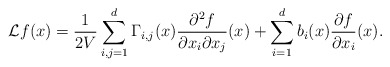
\begin{align*} {\cal L}f(x) = \frac{1}{2V}\sum_{i,j = 1}^d \Gamma_{i,j}(x) \frac{\partial^2 f}{\partial x_i \partial x_j}(x) +\sum_{i = 1}^d b_i (x) \frac{\partial f}{\partial x_i}(x).\end{align*}